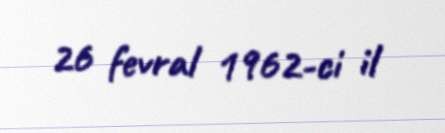
26 fevral 1962-ci il